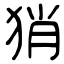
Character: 𤞚